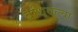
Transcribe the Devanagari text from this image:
बांधवल्या